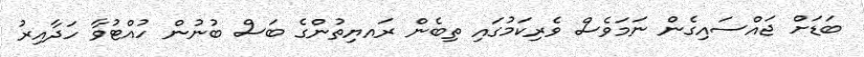
ބަޑަށް ޖައްސައިގެން ނަމަވެސް ވެރިކަމުގައި ތިބެން ރައޔިތުންގެ ބަސް ބުނުން ހުއްޓުވާ ހަދާއިރު